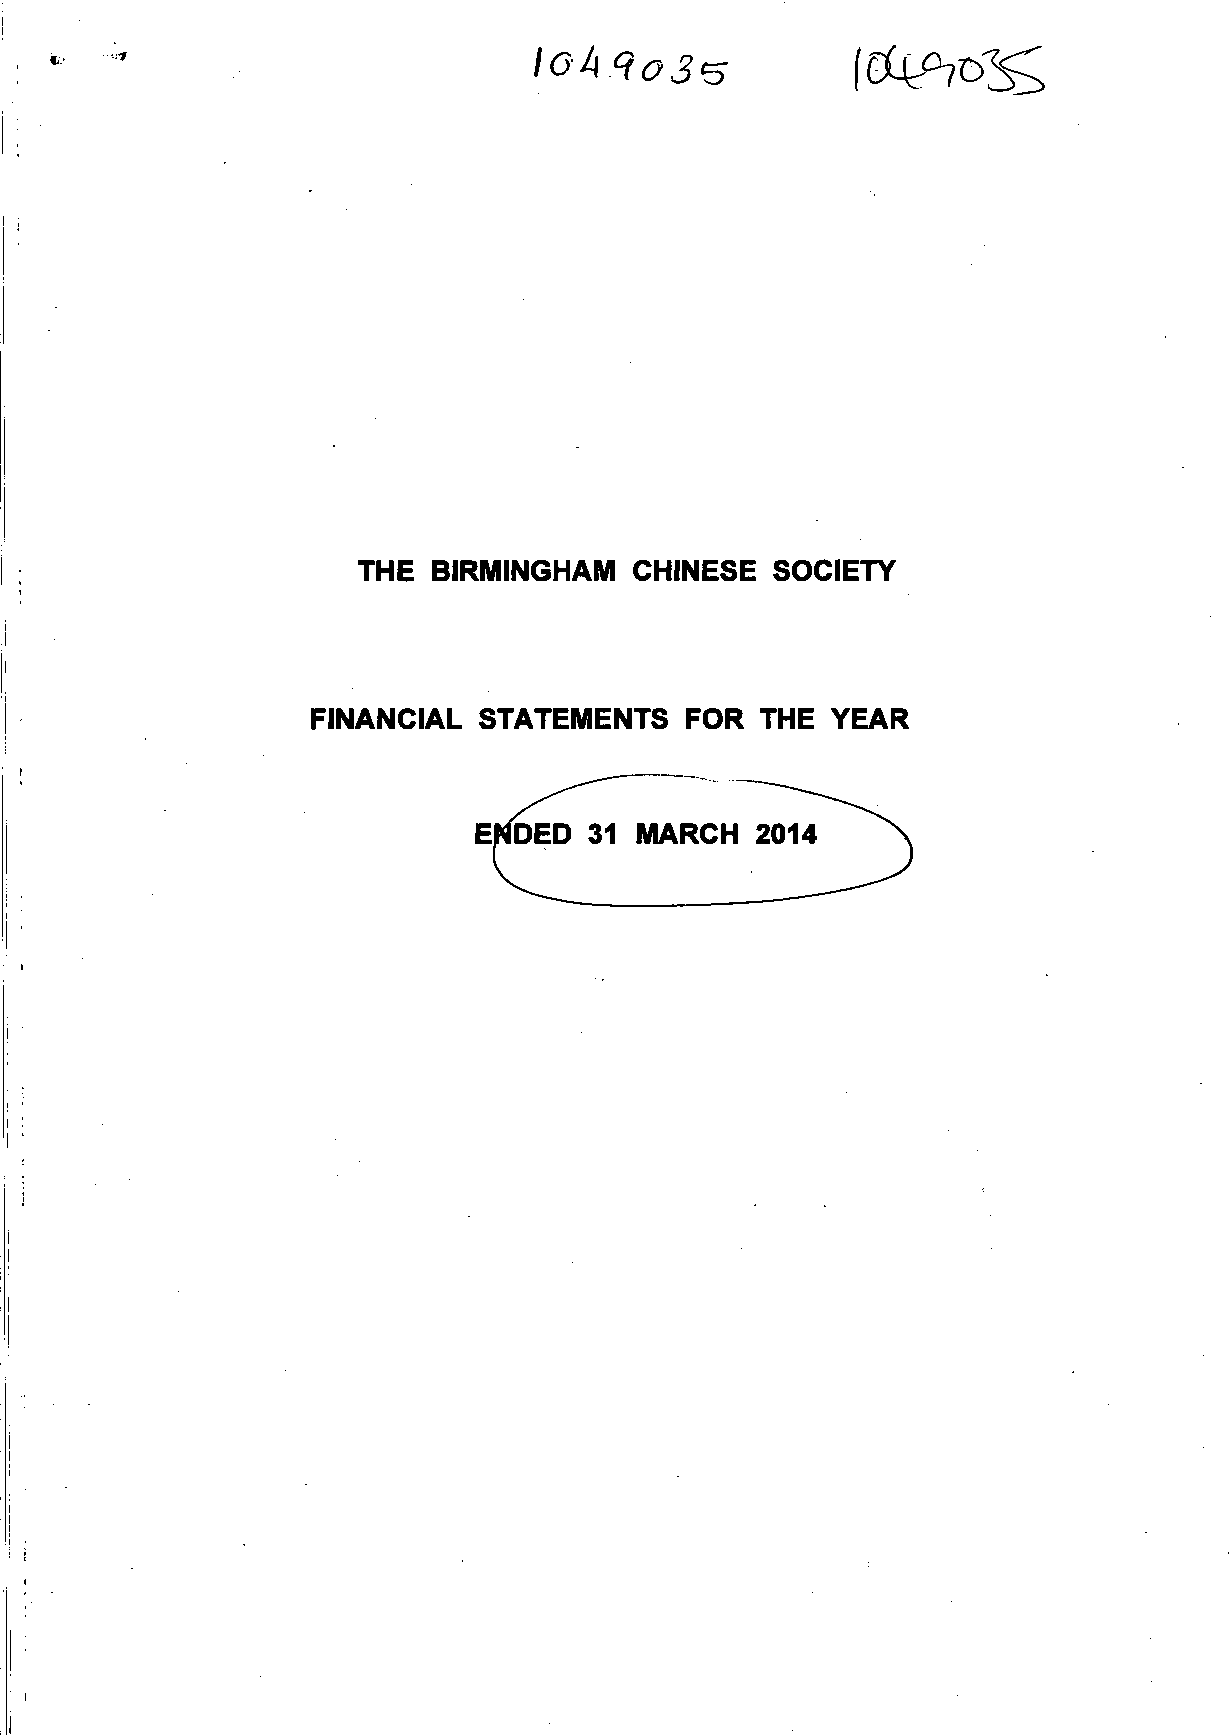
loA.9o3<5
 THE  BIRMINGHAM   CHINESE  SOCIETY
 FINANCIAL  STATEMENTS   FOR  THE  YEAR